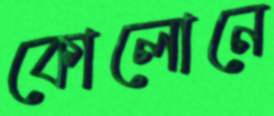
কোলোনে